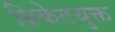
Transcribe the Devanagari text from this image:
ब्रिकेटयुक्त